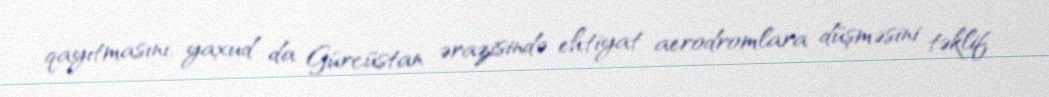
qayıtmasını, yaxud da Gürcüstan ərazisində ehtiyat aerodromlara düşməsini təklif